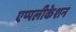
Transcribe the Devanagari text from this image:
एप्पलीकेशन